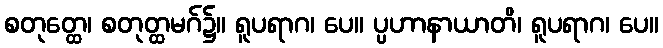
စတုတ္ထေ၊ စတုတ္ထမဂ်၌။ ရူပရာဂ၊ ပေ။ ပ္ပဟာနာယာတိ၊ ရူပရာဂ၊ ပေ။